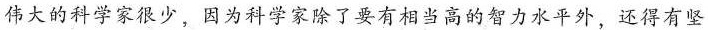
伟大的科学家很少，因为科学家除了要有相当高的智力水平外，还得有坚